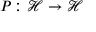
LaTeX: P \colon { \mathcal { H } } \to { \mathcal { H } }